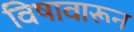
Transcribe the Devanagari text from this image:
विषावारून